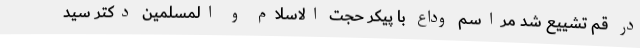
در قم تشییع شد مراسم وداع با پیکر حجت الاسلام و المسلمین دکتر سید